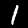
Digit: 1